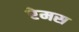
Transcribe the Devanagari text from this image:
रेमस